Tezpur Lunatic Asylum reports 1895-1904 - 1895-1904
Year: 1895
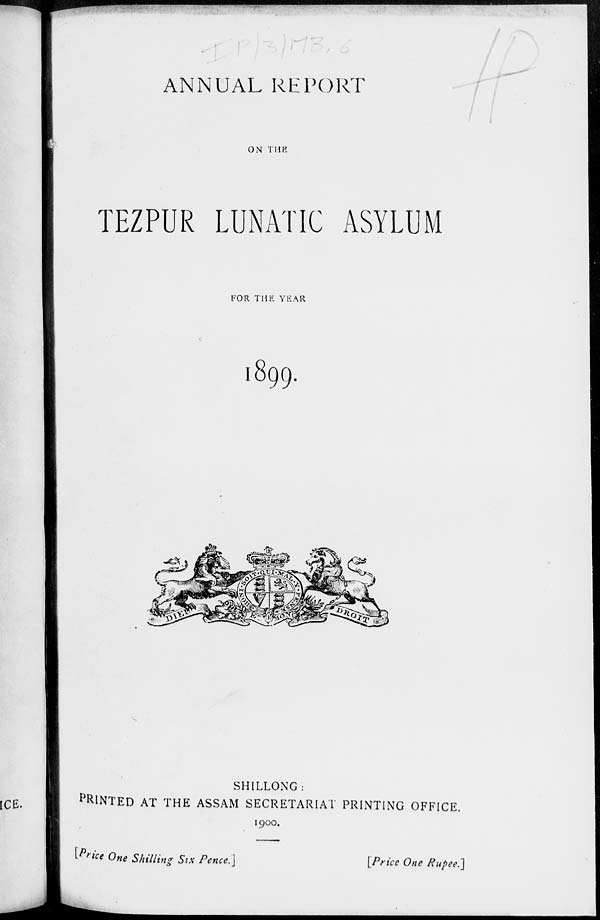
ANNUAL REPORT
ON THK
TEZPUR LUNATIC ASYLUM
FOR THE YEAR
l899.
SHILLONG:
PRINTED AT THE ASSAM SECRETARIAT PRINTING OFFICE.
1900.
[P rid One Shilling Six Pence.]
[Price One Rupee.]